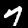
Label: 7